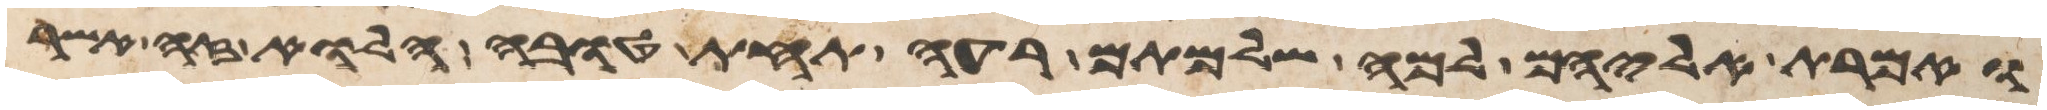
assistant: ואמרת אליהם למה שלמתם רעה תחת טובה הלוא זה אשר